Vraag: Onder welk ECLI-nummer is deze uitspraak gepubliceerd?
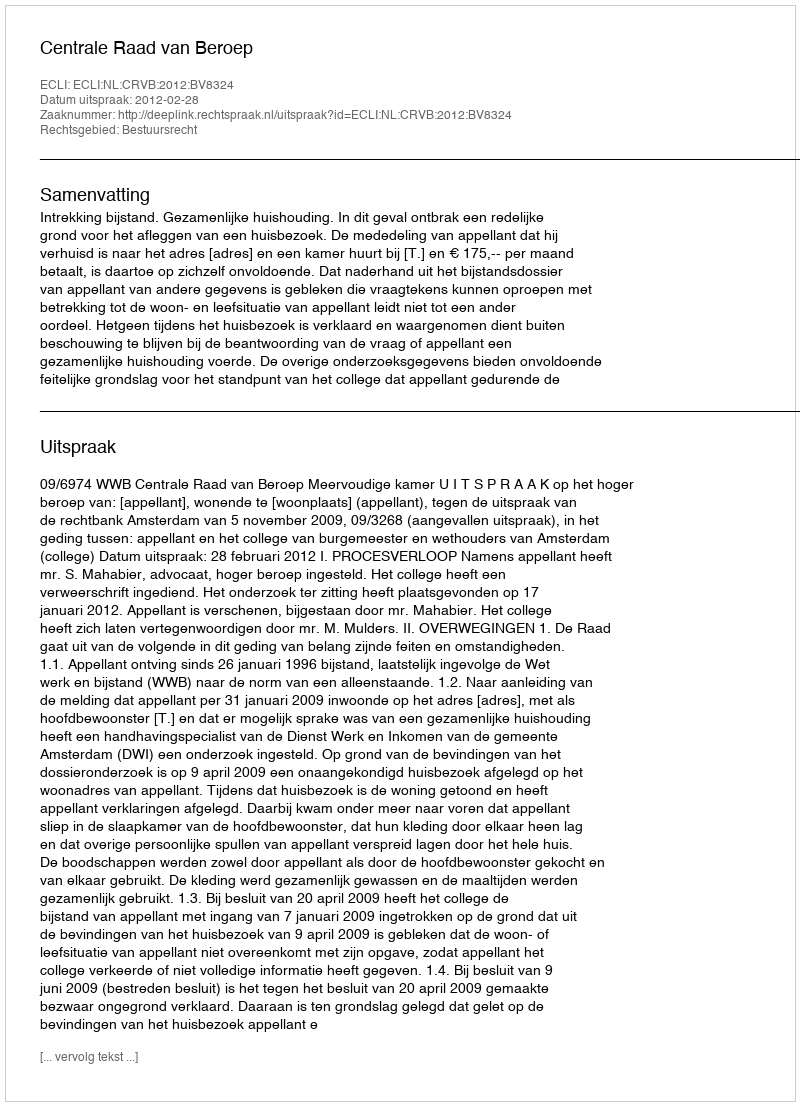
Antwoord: ECLI:NL:CRVB:2012:BV8324